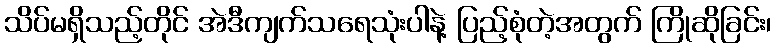
သိပ်မရှိသည့်တိုင် အဲဒီကျက်သရေသုံးပါနဲ့ ပြည့်စုံတဲ့အတွက် ကြိုဆိုခြင်း၊